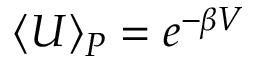
\langle U \rangle _ { P } = e ^ { - \beta V }